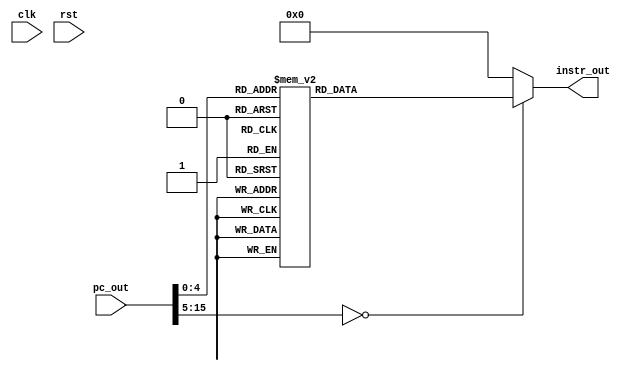
module instruction_mem(clk,rst,pc_out,instr_out);
input rst,clk;
input [15:0] pc_out;
output reg[15:0] instr_out;
always@(pc_out)begin
	case(pc_out)
		/*0: instr_out=16'b1011_011_010_000011;//store
		1: instr_out=16'b0001_111_010_000_000;//add
		2: instr_out=16'b0110_110_010_001_000;//sl
		3: instr_out=16'b0100_110_100_010_000;//or
		4: instr_out=16'b1100_000_000_000010;//bz pc=pc+1+2
		5: instr_out=16'b0010_101_100_001_000;//sub
		6: instr_out=16'b0101_101_100_011_000;//xor
		7: instr_out=16'b0010_101_100_011_000;//sub
		8: instr_out=16'b1011_111_011_000100;//store
		9: instr_out=16'b1010_110_010_000011;//load
		10: instr_out=16'b1100_000_000_111010;//bz pc=pc+1-6
		0: instr_out=16'b1001_100_000_001001; //addi
		1: instr_out=16'b0001_110_011_001_000;// add
		2: instr_out=16'b0010_101_110_010_000;// sub
		3: instr_out=16'b0111_111_011_001_000;// sr*/
		
		0: instr_out=16'b1001011000111100; // Adi R3 = -4
		1 : instr_out=16'b1001001000001111; // addi r1 = 15
		2 : instr_out=16'b1011_011_001_111011; // ST  Mem(R1-5 = 10) <- R3 = -4
		3 : instr_out=16'b1010_111_011_001110; // Ld  R7 <- Mem(14 + R3 = 10) = -4
		//4 : instr_out=16'b1001011000111100; // Adi R3 = -4
		4 : instr_out=16'b1010110111001110; // Ld  R6 <- Mem(14 + R7 = 10) = -4
		5 : instr_out=16'b0001011110111000; // Add R3 = R6 + R7 = -8
		6 : instr_out=16'b1001_010_000_011111; // addi r2=31
		7 : instr_out=16'b1001_010_010_011111; /// addi r2 = 62
		8 : instr_out=16'b1001_010_010_011111; // addi r2=93
		9 : instr_out=16'b1001_010_010_011111; /// addi r2 = 124
		10: instr_out=16'b0001_010_010_010_000; /// add r2 = r2+r2 = 248
		11: instr_out=16'b1001_010_010_001000; /// addi r2 = 256
		12: instr_out=16'b1011_011_001_110100; /// ST Mem(R1-12 = 3 ) <- r3 = -8
		13: instr_out=16'b1010_100_001_110100; // Ld  R4 <- Mem(R1-12 = 3) = -8
		14: instr_out=16'b1011_110_010_000011; /// ST Mem(R2+3 = 259 ) <- r6 = -4
		15: instr_out=16'b1010_101_010_000011; // Ld  R5 <- Mem(R2+3 = 259) = -4
		16: instr_out=16'b1010_001_001_110100; // Ld  R1 <- Mem(R1-12 = 3) = -8
		17: instr_out=16'b1010_011_010_000011; // Ld  R3 <- Mem(R2+3 = 259) = -4
		//6 : instr_out=16'b1011011110000100; // ST  Mem( R6 + 4 = 0) <- R3 = -8
		//7 : instr_out=16'b1010001000000000; // Ld  R1 <-Mem(0 + R0 = 0) = -8
		
		
		/*
		0 : instr_out=16'b1001001000000101; // addi r1 = 5	
		1 : instr_out=16'b1001010000111011; // addi r2 = -5	
		2 : instr_out=16'b1001011010001111; // addi r3 = R2 +15 = 10
		3 : instr_out=16'b1001100010111111; // addi r4 = R2 - 1 = -6
		4 : instr_out=16'b1001101010000101; // addi r5 = R2 + 5 = 0
		5 : instr_out=16'b0000111100101000; //nop
		6 : instr_out=16'b1001110101000110; // addi r6 = R5 + 6 = 6
		7 : instr_out=16'b0000000000000000; //nop
		8 : instr_out=16'b0000000000000000; //nop
		9 : instr_out=16'b1001111110000101; // addi r7 = R6 + 5 = 11
		10 : instr_out=16'b0001000111000000; // add R0 =R7 +R0 = 0
		11 : instr_out=16'b0000010010100000; // nop
		12 : instr_out=16'b0001011011000000; // add R3 =R3 +R0 = 10
		13 : instr_out=16'b0001100001100000; // add R4 =R1 +R4 = -1
		14 : instr_out=16'b0010001001010000; // SUB R1 =R1 - R2 = 10	
		15 : instr_out=16'b0011001001110000; // AND R1 =R1 &R6 = 00000010= 2
		16 : instr_out=16'b0100001100001000; // OR  R1 =R4 |R1 = 111111 = -1
		17 : instr_out=16'b0101001011001000; // XOR R1 =R3^R1 = 110101 = -11
		18 : instr_out=16'b1001010000000010; // Adi R2 = 2
		19 : instr_out=16'b0110001001010000; // SL  R1 =R1 <<R2 = 11010100
		20 : instr_out=16'b1001010010000010; // Adi R2 = R2 + 2 = 4 
		21 : instr_out=16'b1001011000111100; // Adi R3 = -4
		22 : instr_out=16'b0111001001010000; // SR  R1 =R1 >>R2 = 11111101 
		23 : instr_out=16'b1001001000001111; // addi r1 = 15
		24 : instr_out=16'b1011011001111011; // ST  Mem(R1-5 = 10) <- R3 = -4
		25 : instr_out=16'b1010111011001110; // Ld  R7 <- Mem(14 + R3 = 10) = -4
		26 : instr_out=16'b1010110111001110; // Ld  R6 <- Mem(14 + R7 = 4) = -4
		27 : instr_out=16'b0001011110111000; // Add R3 = R6 + R7 = -8
		28 : instr_out=16'b1011011110000100; // ST  Mem(R6 + 4 = 0) <- R3 = -8
		29 : instr_out=16'b1010001000000000; // Ld  R1 <- Mem(0 + R0 = 0) = -8
		30 : instr_out=16'b1001010000111011; // Adi R2 = -5
		31 : instr_out=16'b1001001000000000; // Adi R1 = 0
		32 : instr_out=16'b1100000001000001; // BR  R1 , 1 , YES
		33 : instr_out=16'b1001010000000000; // Adi R2 = 0	
		34 : instr_out=16'b1100000010111111; // BR  R2 , -1 , NOT	
		35 : instr_out=16'b1001001000000001; // Adi R1 = 1	
		36 : instr_out=16'b1100000001111011; // BR  R1 , -5 , NOT	
		37 : instr_out=16'b1100000000000000; // BR  R0 , 0 , YES	
		38 : instr_out=16'b1100000001111011; // BR  R1 , -5 , NOT 
		39 : instr_out=16'b1100000000111111; // BR  R0 , -1 , YES	
		//[40..255] : instr_out=16'b0000000000000000;
		*/
		
		default: instr_out=0;
	endcase
end
endmodule